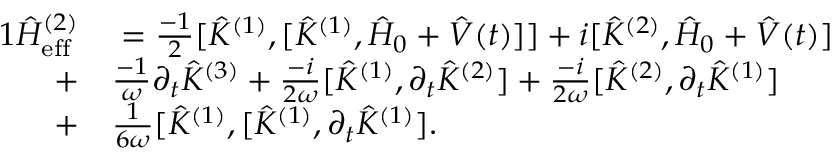
\begin{array} { r l } { { 1 } \hat { H } _ { \mathrm { e f f } } ^ { ( 2 ) } } & { { } = \frac { - 1 } { 2 } [ \hat { K } ^ { ( 1 ) } , [ \hat { K } ^ { ( 1 ) } , \hat { H } _ { 0 } + \hat { V } ( t ) ] ] + i [ \hat { K } ^ { ( 2 ) } , \hat { H } _ { 0 } + \hat { V } ( t ) ] } \\ { + } & { { } \frac { - 1 } { \omega } \partial _ { t } \hat { K } ^ { ( 3 ) } + \frac { - i } { 2 \omega } [ \hat { K } ^ { ( 1 ) } , \partial _ { t } \hat { K } ^ { ( 2 ) } ] + \frac { - i } { 2 \omega } [ \hat { K } ^ { ( 2 ) } , \partial _ { t } \hat { K } ^ { ( 1 ) } ] } \\ { + } & { { } \frac { 1 } { 6 \omega } [ \hat { K } ^ { ( 1 ) } , [ \hat { K } ^ { ( 1 ) } , \partial _ { t } \hat { K } ^ { ( 1 ) } ] . } \end{array}